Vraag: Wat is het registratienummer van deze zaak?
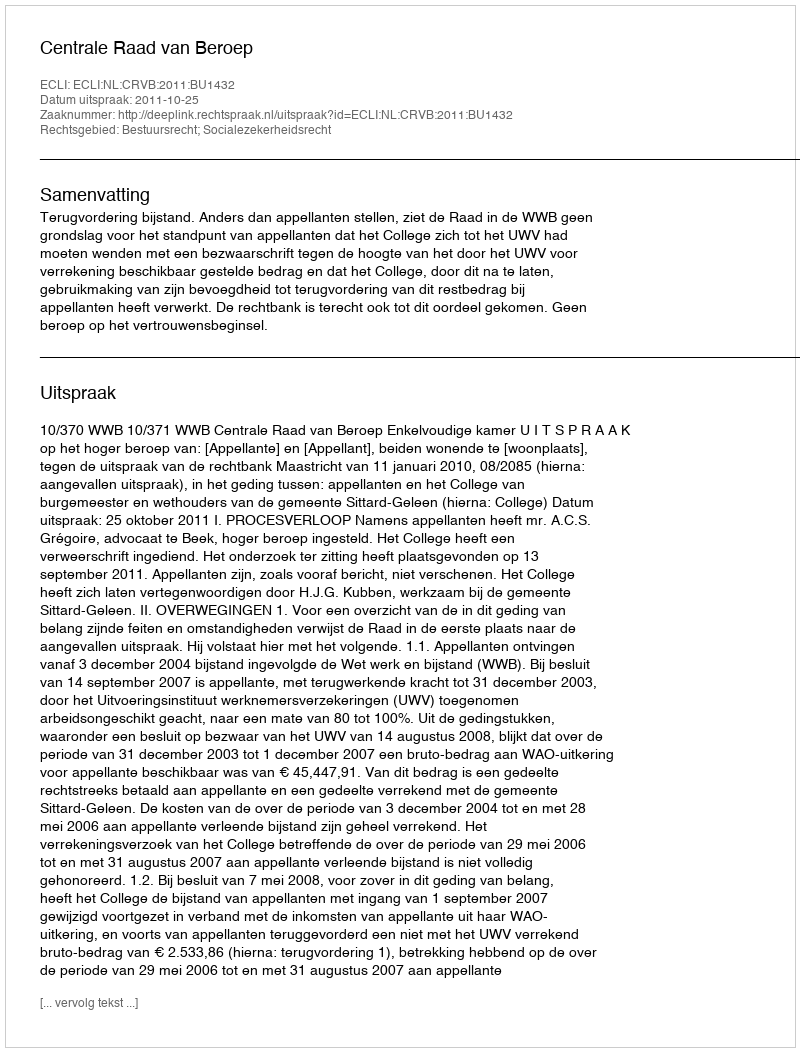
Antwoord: http://deeplink.rechtspraak.nl/uitspraak?id=ECLI:NL:CRVB:2011:BU1432